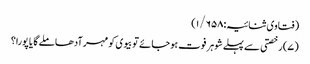
(فتاوی ثنائیہ:۱/۶۵۸)
(۷) رخصتی سے پہلے شوہر فوت ہوجائے تو بیوی کو مہر آدھا ملے گا یا پورا؟